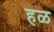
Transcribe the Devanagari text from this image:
हळ